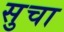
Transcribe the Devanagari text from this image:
सुचा